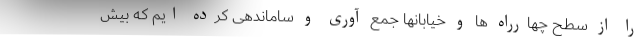
را از سطح چهارراه ها و خیابانها جمع آوری و ساماندهی کرده ایم که بیش